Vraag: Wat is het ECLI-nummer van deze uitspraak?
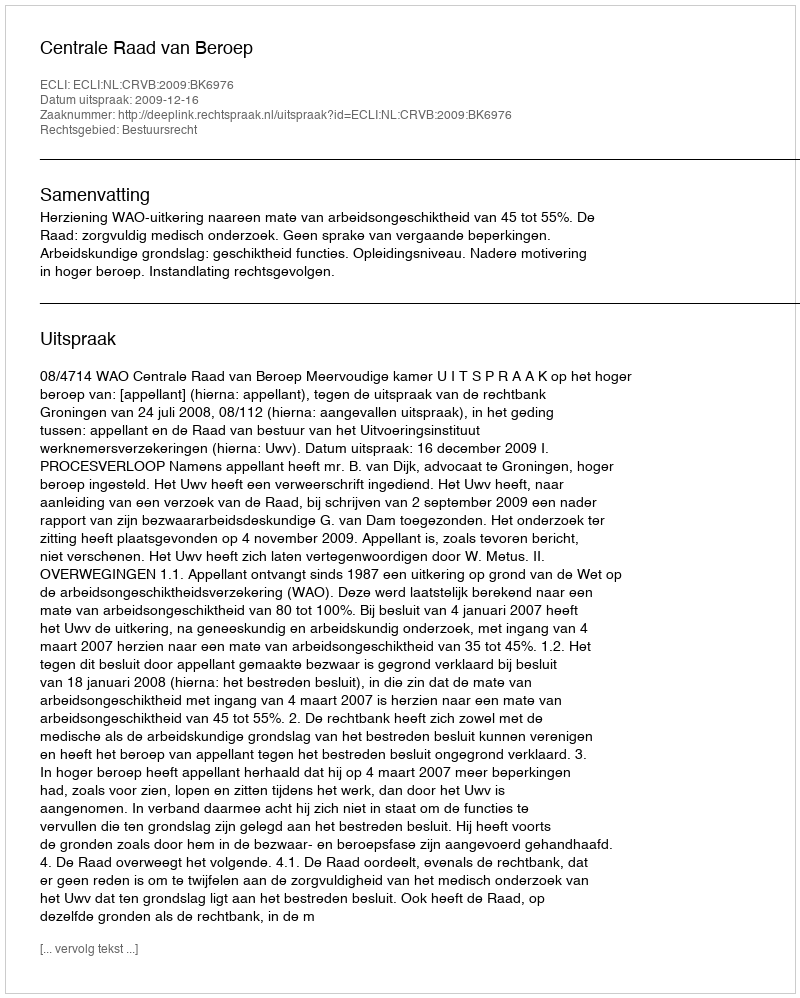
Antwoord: ECLI:NL:CRVB:2009:BK6976